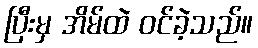
ပြီးမှ အိမ်ထဲ ဝင်ခဲ့သည်။